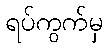
ရပ်ကွက်မှ